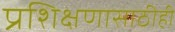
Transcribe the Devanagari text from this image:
प्रशिक्षणासाठीही